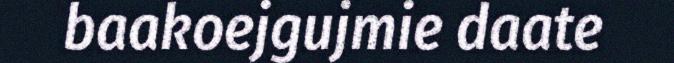
baakoejgujmie daate